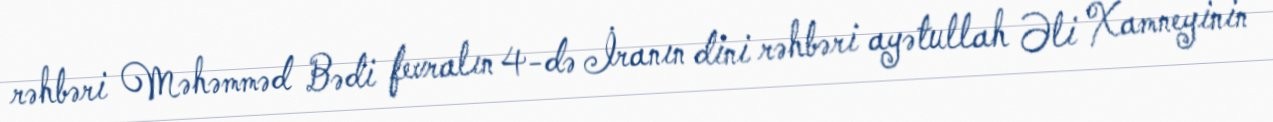
rəhbəri Məhəmməd Bədi fevralın 4-də İranın dini rəhbəri ayətullah Əli Xamneyinin